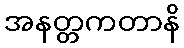
အနတ္တကတာနိ